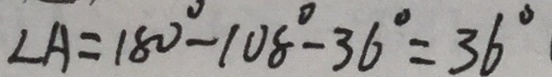
\angle A = 1 8 0 ^ { \circ } - 1 0 8 ^ { \circ } - 3 6 ^ { \circ } = 3 6 ^ { \circ }